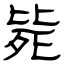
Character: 毙